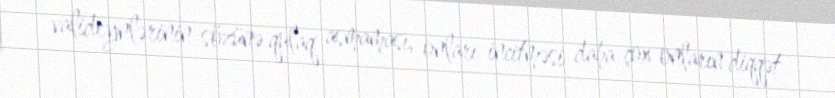
valideynlərinin sözünə qulaq asmaması, onları incitməsi daha çox onların diqqət